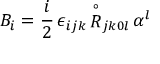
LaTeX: { B } _ { i } = \frac { i } { 2 } \, \epsilon _ { i j k } \, { \stackrel { \circ } { R } } _ { j k 0 l } \, \alpha ^ { l }